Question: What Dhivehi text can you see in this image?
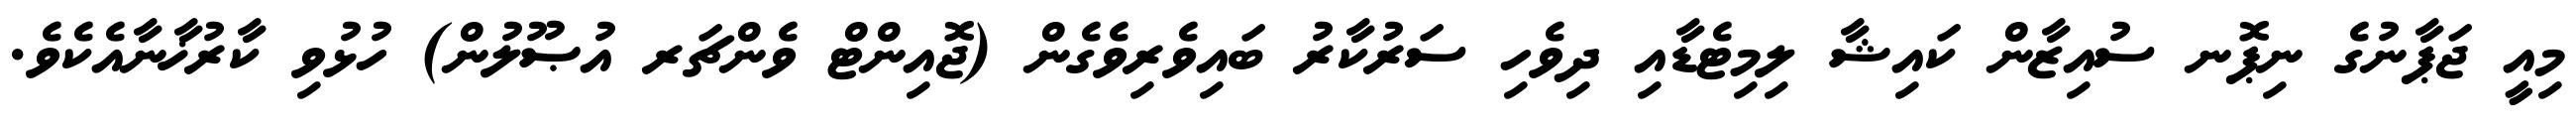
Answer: މިއީ ޖަޕާނުގެ ނިޕޮނ ސުއިޒާން ކައިޝާ ލިމިޓެޑާއި ދިވެހި ސަރުކާރު ބައިވެރިވެގެން (ޖޮއިންޓް ވެންޗަރ އުޞޫލުން) ހުޅުވި ކާރުޚާނާއެކެވެ.